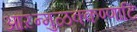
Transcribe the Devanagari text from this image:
आऱन्मुळक्कण्णाटि